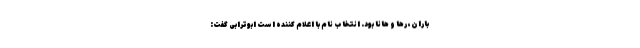
باران، رها و هانا بود. انتخاب نام با اعلام کننده است ابوترابی گفت: